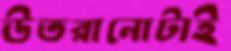
উতরানোটাই